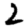
Digit: 2